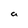
Character: a